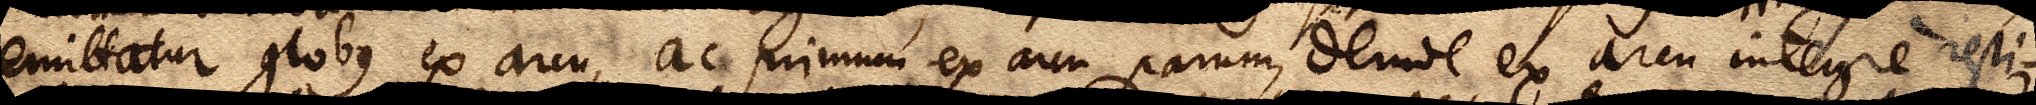
emittatur globus ex arcu, ac primum ex arcu parum, deinde ex arcu integre resti–